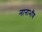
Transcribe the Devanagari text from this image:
नानाभॉय